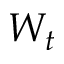
W _ { t }